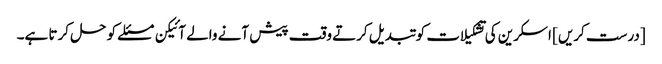
[درست کریں] اسکرین کی تشکیلات کو تبدیل کرتے وقت پیش آنے والے آئیکن مسئلے کو حل کرتا ہے۔